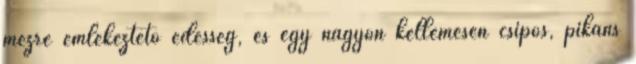
mézre emlékeztető édesség, és egy nagyon kellemesen csípős, pikáns